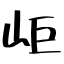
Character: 岠